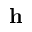
\mathbf { h }